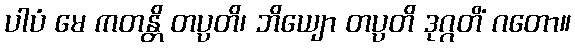
ပါပံ မေ ကတန္တိ တပ္ပတိ၊ ဘိယျော တပ္ပတိ ဒုဂ္ဂတိံ ဂတော။